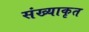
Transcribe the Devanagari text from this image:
संख्याकृत